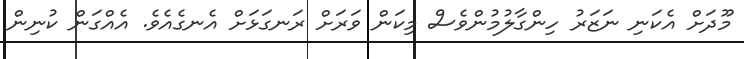
މޫދަށް އެކަނި ނަޒަރު ހިންގާލުމުންވެސް މިކަން ވަރަށް ރަނގަޅަށް އެނގެއެވެ. އެއްގަން ކުނިން